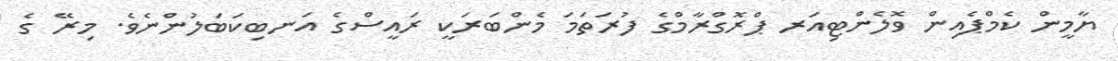
ޔާމީން ކެމްޕެއިން ވޮލެންޓިއަރ ޕްރޮގްރާމްގެ ފުރަތަމަ މެންބަރަކީ ރައީސްގެ އަނބިކަބަލުންނެވެ. މިރޭ ގެ